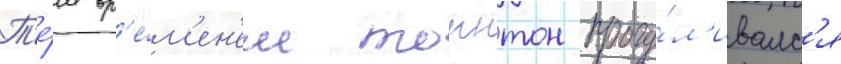
Т'е́м вр'е́м'ен'ем торнтон прогу́л'ивалс'я